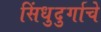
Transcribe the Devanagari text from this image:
सिंधुदुर्गाचे